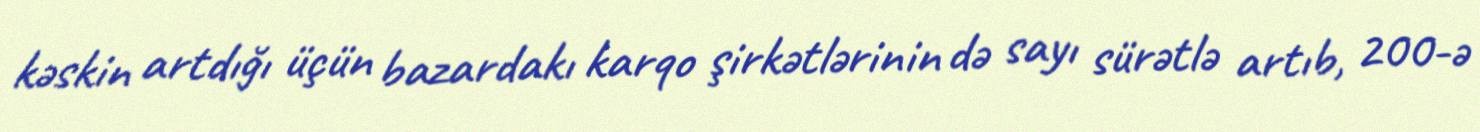
kəskin artdığı üçün bazardakı karqo şirkətlərinin də sayı sürətlə artıb, 200-ə